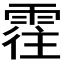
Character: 𲉾